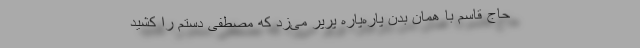
حاج قاسم با همان بدن پاره‌پاره پَرپَر می‌زد که مصطفی دستم را کشید